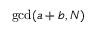
\operatorname* { g c d } ( a + b , N )